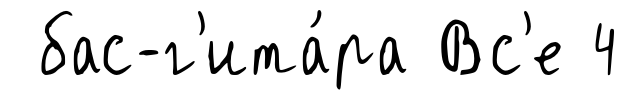
бас-г'ита́ра Вс'е 4